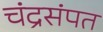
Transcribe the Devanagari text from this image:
चंद्रसंपत